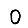
Digit: 0